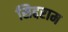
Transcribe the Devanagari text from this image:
सिद्दराम